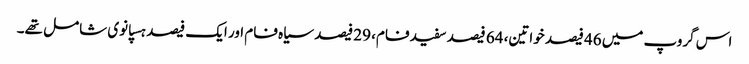
اس گروپ میں 46 فیصد خواتین، 64 فیصد سفید فام، 29 فیصد سیاہ فام اور ایک فیصد ہسپانوی شامل تھے۔